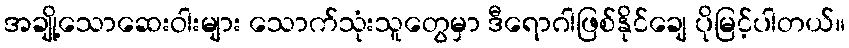
အချို့သောဆေးဝါးများ သောက်သုံးသူတွေမှာ ဒီရောဂါဖြစ်နိုင်ချေ ပိုမြင့်ပါတယ်။